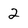
Character: 2